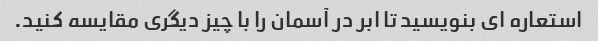
استعاره ای بنویسید تا ابر در آسمان را با چیز دیگری مقایسه کنید.